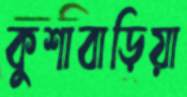
কুশাবাড়িয়া